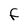
Character: F